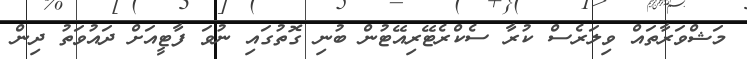
މަޝްވަރާތައް ވިލަރެސް ކުރާ ސެކްރެޓޭރިއޭޓުން ބުނި ގޮތުގައި ނުވަ ފާޓީއަށް ދައުވަތު ދިން